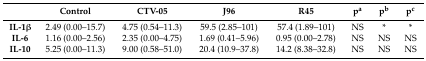
<table><thead><tr><td></td><td><b>Control</b></td><td><b>CTV-05</b></td><td><b>J96</b></td><td><b>R45</b></td><td><b>p<sup>a</sup></b></td><td><b>p<sup>b</sup></b></td><td><b>p<sup>c</sup></b></td></tr></thead><tbody><tr><td><b>IL-1β</b></td><td>2.49 (0.00–15.7)</td><td>4.75 (0.54–11.3)</td><td>59.5 (2.85–101)</td><td>57.4 (1.89–101)</td><td>NS</td><td>*</td><td>*</td></tr><tr><td><b>IL-6</b></td><td>1.16 (0.00–2.56)</td><td>2.35 (0.00–4.75)</td><td>1.69 (0.41–5.96)</td><td>0.95 (0.00–2.78)</td><td>NS</td><td>NS</td><td>NS</td></tr><tr><td><b>IL-10</b></td><td>5.25 (0.00–11.3)</td><td>9.00 (0.58–51.0)</td><td>20.4 (10.9–37.8)</td><td>14.2 (8.38–32.8)</td><td>NS</td><td>NS</td><td>NS</td></tr></tbody></table>